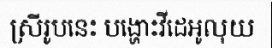
ស្រីរូបនេះ បង្ហោះវីដេអូលុយ